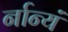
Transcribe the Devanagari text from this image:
र्नान्यं